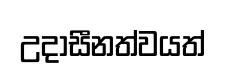
උදාසීනත්වයත්